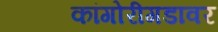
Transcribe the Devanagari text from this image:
कांगोरीगडावर